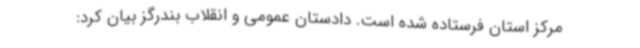
مرکز استان فرستاده شده است. دادستان عمومی و انقلاب بندرگز بیان کرد: